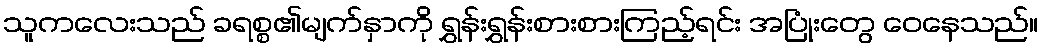
သူကလေးသည် ခရစ္စ၏မျက်နှာကို ရွှန်းရွှန်းစားစားကြည့်ရင်း အပြုံးတွေ ဝေနေသည်။